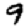
Digit: 9